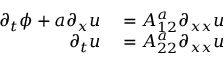
\begin{array} { r l } { \partial _ { t } \phi + a \partial _ { x } u } & { { } = A _ { 1 2 } ^ { a } \partial _ { x x } u } \\ { \partial _ { t } u } & { { } = A _ { 2 2 } ^ { a } \partial _ { x x } u } \end{array}